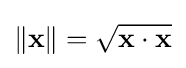
\left\|\mathbf {x} \right\|={\sqrt {\mathbf {x} \cdot \mathbf {x} }}